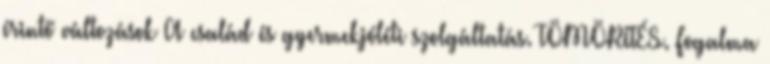
érintő változások A család és gyermekjóléti szolgáltatás. TÖMÖRÍTÉS. Fogalma